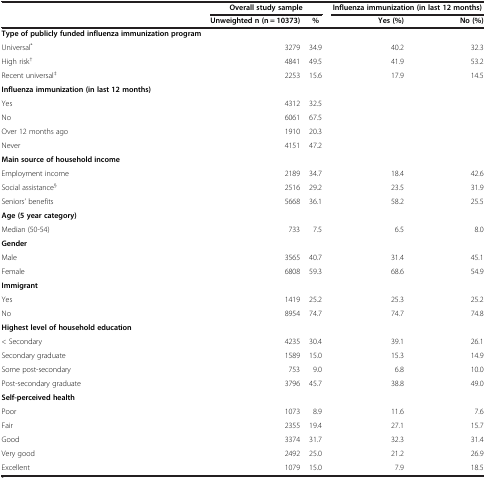
<table><thead><tr><td><b> </b></td><td colspan="2"><b>Overall study sample</b></td><td colspan="2"><b>Influenza immunization (in last 12 months)</b></td></tr><tr><td><b> </b></td><td><b>Unweighted n (n = 10373)</b></td><td><b>%</b></td><td><b>Yes (%)</b></td><td><b>No (%)</b></td></tr></thead><tbody><tr><td><b>Type of publicly funded influenza immunization program</b></td><td> </td><td> </td><td> </td><td> </td></tr><tr><td>Universal<sup>*</sup></td><td>3279</td><td>34.9</td><td>40.2</td><td>32.3</td></tr><tr><td>High risk<sup>†</sup></td><td>4841</td><td>49.5</td><td>41.9</td><td>53.2</td></tr><tr><td>Recent universal<sup>‡</sup></td><td>2253</td><td>15.6</td><td>17.9</td><td>14.5</td></tr><tr><td><b>Influenza immunization (in last 12 months)</b></td><td> </td><td> </td><td> </td><td> </td></tr><tr><td>Yes</td><td>4312</td><td>32.5</td><td> </td><td> </td></tr><tr><td>No</td><td>6061</td><td>67.5</td><td> </td><td> </td></tr><tr><td>Over 12 months ago</td><td>1910</td><td>20.3</td><td> </td><td> </td></tr><tr><td>Never</td><td>4151</td><td>47.2</td><td> </td><td> </td></tr><tr><td><b>Main source of household income</b></td><td> </td><td> </td><td> </td><td> </td></tr><tr><td>Employment income</td><td>2189</td><td>34.7</td><td>18.4</td><td>42.6</td></tr><tr><td>Social assistance<sup>§</sup></td><td>2516</td><td>29.2</td><td>23.5</td><td>31.9</td></tr><tr><td>Seniors’ benefits</td><td>5668</td><td>36.1</td><td>58.2</td><td>25.5</td></tr><tr><td><b>Age (5 year category)</b></td><td> </td><td> </td><td> </td><td> </td></tr><tr><td>Median (50-54)</td><td>733</td><td>7.5</td><td>6.5</td><td>8.0</td></tr><tr><td><b>Gender</b></td><td> </td><td> </td><td> </td><td> </td></tr><tr><td>Male</td><td>3565</td><td>40.7</td><td>31.4</td><td>45.1</td></tr><tr><td>Female</td><td>6808</td><td>59.3</td><td>68.6</td><td>54.9</td></tr><tr><td><b>Immigrant</b></td><td> </td><td> </td><td> </td><td> </td></tr><tr><td>Yes</td><td>1419</td><td>25.2</td><td>25.3</td><td>25.2</td></tr><tr><td>No</td><td>8954</td><td>74.7</td><td>74.7</td><td>74.8</td></tr><tr><td><b>Highest level of household education</b></td><td> </td><td> </td><td> </td><td> </td></tr><tr><td>&lt; Secondary</td><td>4235</td><td>30.4</td><td>39.1</td><td>26.1</td></tr><tr><td>Secondary graduate</td><td>1589</td><td>15.0</td><td>15.3</td><td>14.9</td></tr><tr><td>Some post-secondary</td><td>753</td><td>9.0</td><td>6.8</td><td>10.0</td></tr><tr><td>Post-secondary graduate</td><td>3796</td><td>45.7</td><td>38.8</td><td>49.0</td></tr><tr><td><b>Self-perceived health</b></td><td> </td><td> </td><td> </td><td> </td></tr><tr><td>Poor</td><td>1073</td><td>8.9</td><td>11.6</td><td>7.6</td></tr><tr><td>Fair</td><td>2355</td><td>19.4</td><td>27.1</td><td>15.7</td></tr><tr><td>Good</td><td>3374</td><td>31.7</td><td>32.3</td><td>31.4</td></tr><tr><td>Very good</td><td>2492</td><td>25.0</td><td>21.2</td><td>26.9</td></tr><tr><td>Excellent</td><td>1079</td><td>15.0</td><td>7.9</td><td>18.5</td></tr></tbody></table>